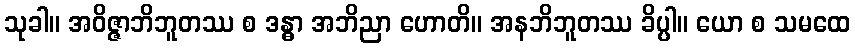
သုခါ။ အဝိဇ္ဇာဘိဘူတဿ စ ဒန္ဓာ အဘိညာ ဟောတိ။ အနဘိဘူတဿ ခိပ္ပါ။ ယော စ သမထေ